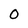
Character: 0